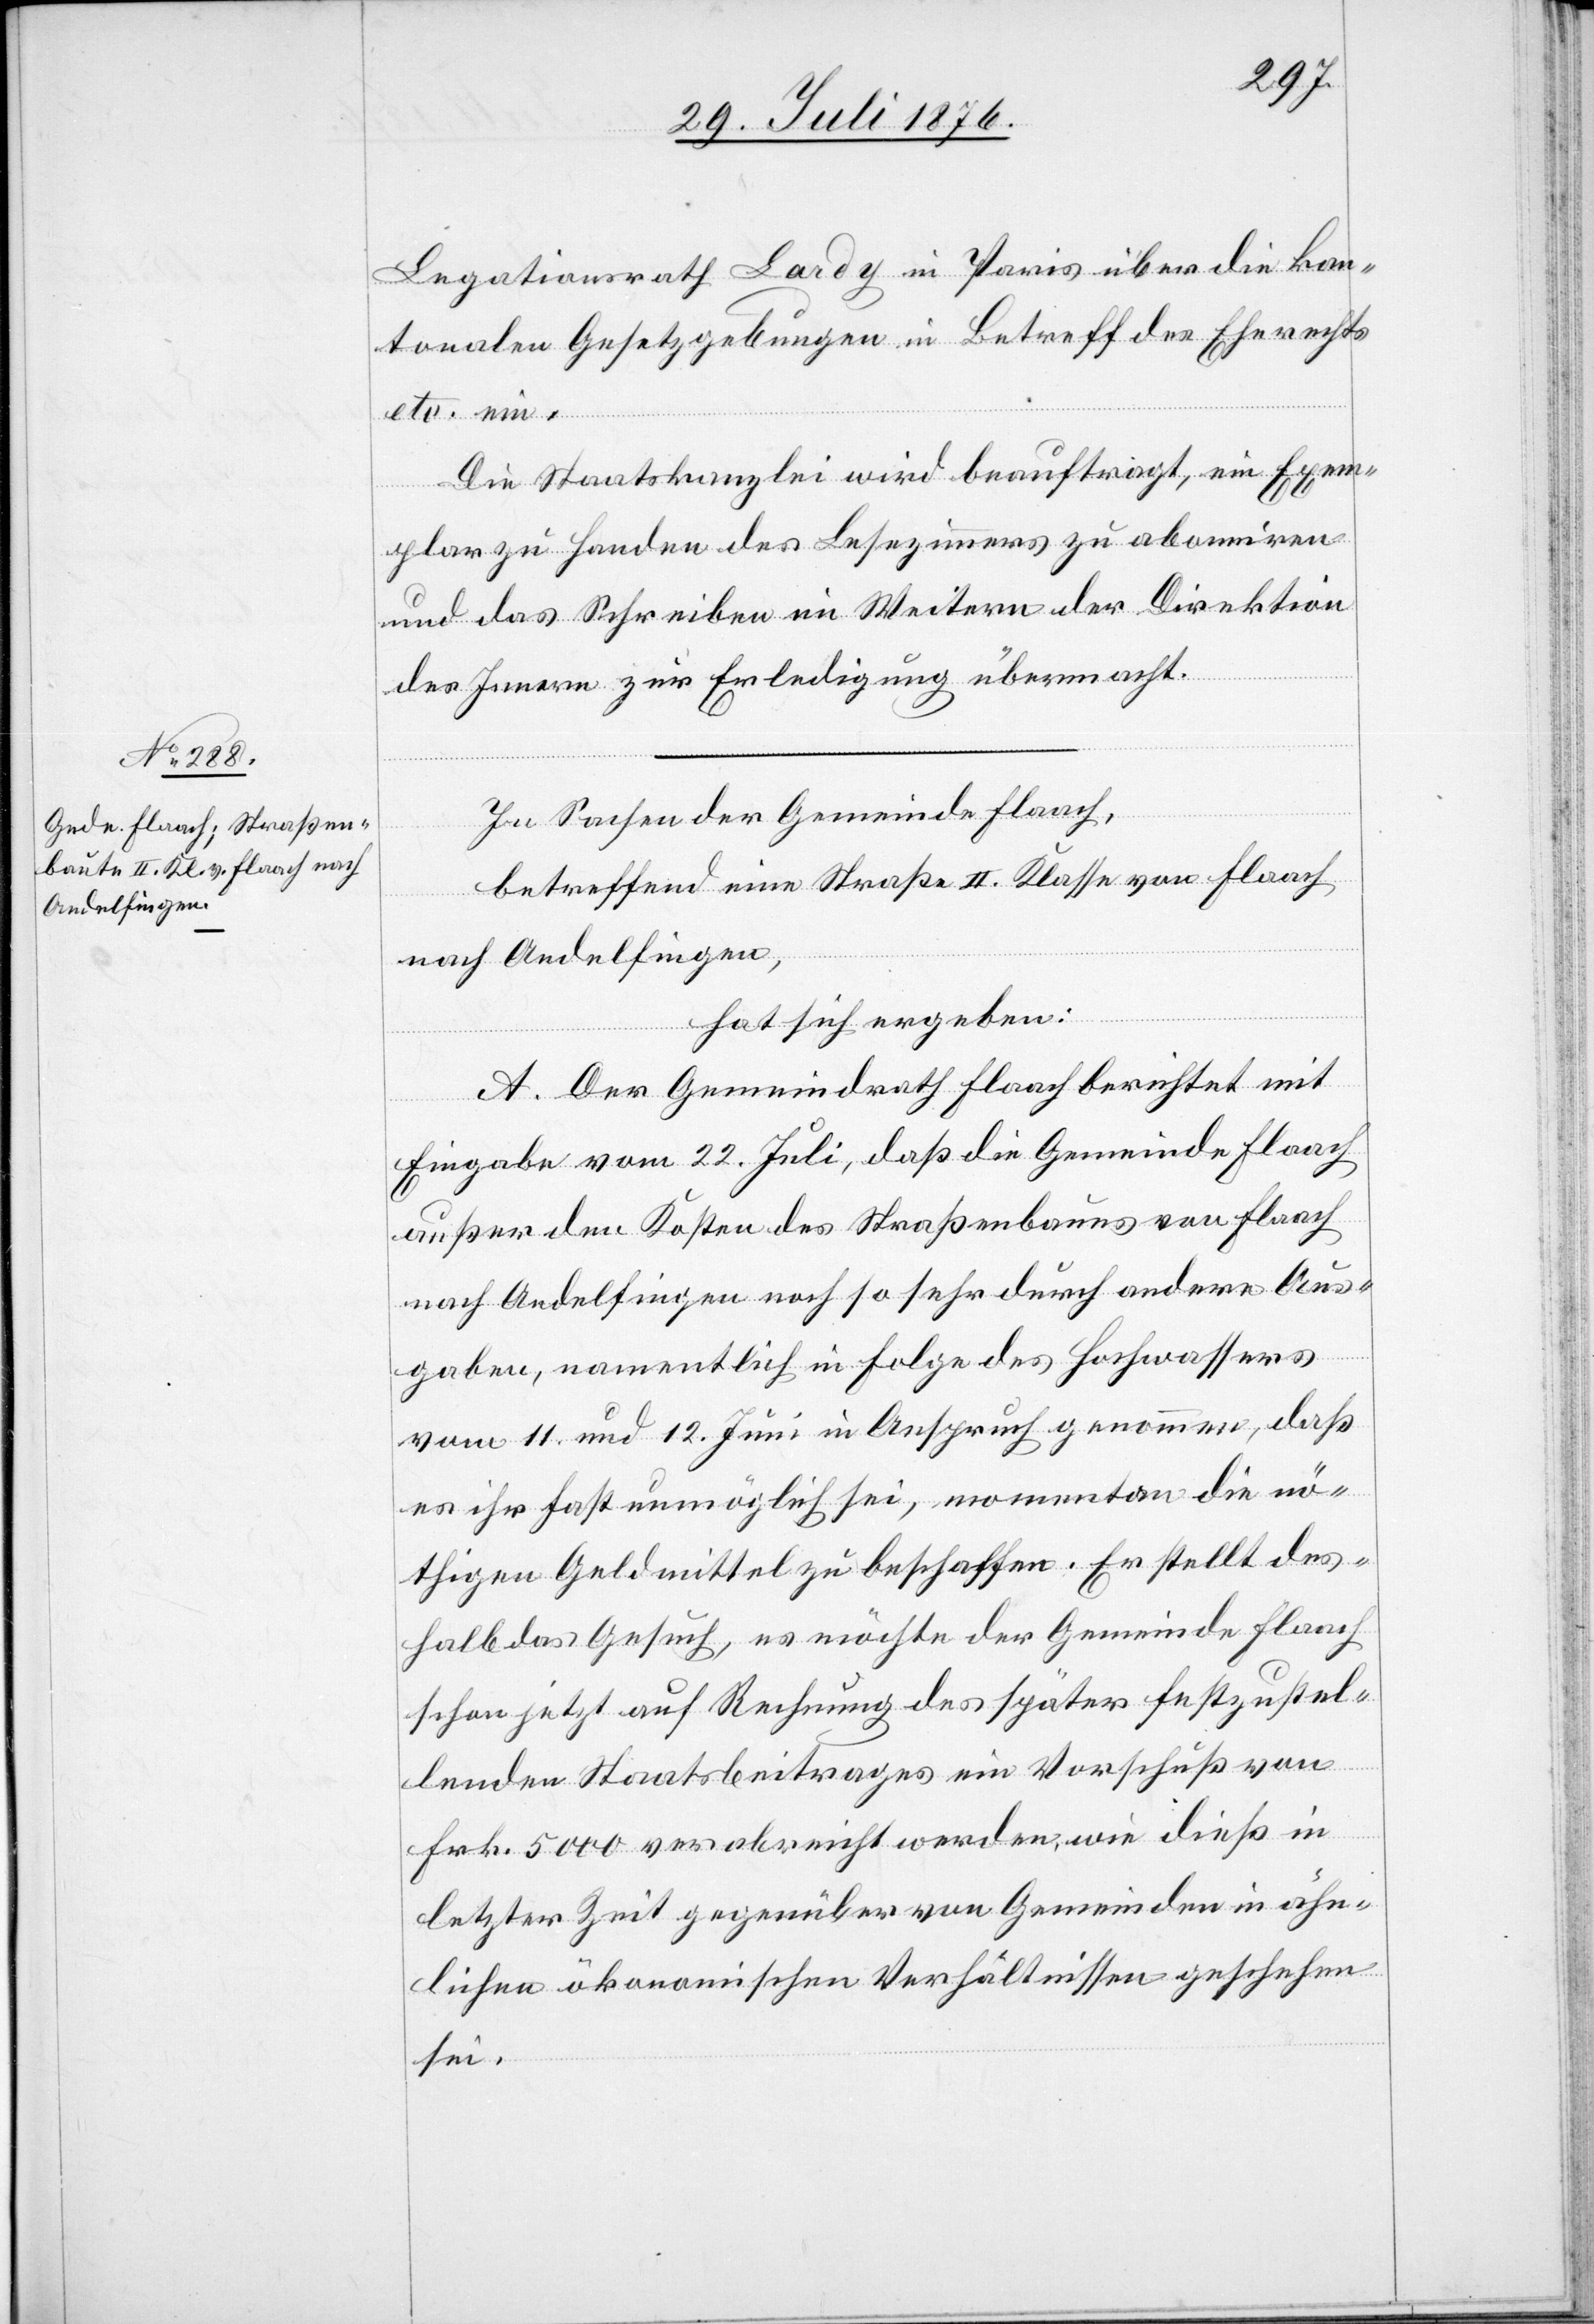
Legationsrath Lardy in Paris über die kan¬
tonalen Gesetzgebungen in Betreff des Eherechts
etc. ein.
Die Staatskanzlei wird beauftragt, ein Exem¬
plar zu Handen des Lesezimmers zu abonniren
und das Schreiben im Weitern der Direktion
des Innern zur Erledigung übermacht.
In Sachen der Gemeinde Flaach,
betreffend eine Straße II. Klasse von Flaach
nach Andelfingen,
hat sich ergeben:
A. Der Gemeindrath Flaach berichtet mit
Eingabe vom 22. Juli, daß die Gemeinde Flaach
außer den Kosten des Straßenbaues von Flaach
nach Andelfingen noch so sehr durch andere Aus¬
gaben, namentlich in Folge des Hochwassers
vom 11. und 12. Juni in Anspruch genommen, das
es ihr fast unmöglich sei, momentan die nö¬
thigen Geldmittel zu beschaffen. Er stellt des¬
halb das Gesuch, es möchte der Gemeinde Flaach
schon jetzt auf Rechnung des später festzustel¬
lenden Staatsbeitrages ein Vorschuß von
Frk. 5000 verabreicht werden, wie dies in
letzter Zeit gegenüber von Gemeinde in ähn¬
lichen ökonomischen Verhältnissen geschehen
sei.